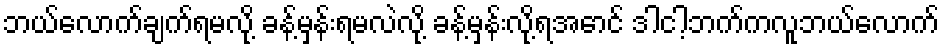
ဘယ်လောက်ချက်ရမလို့ ခန့်မှန်းရမလဲလို့ ခန့်မှန်းလို့ရအောင် ဒါငါ့ဘက်ကလူဘယ်လောက်